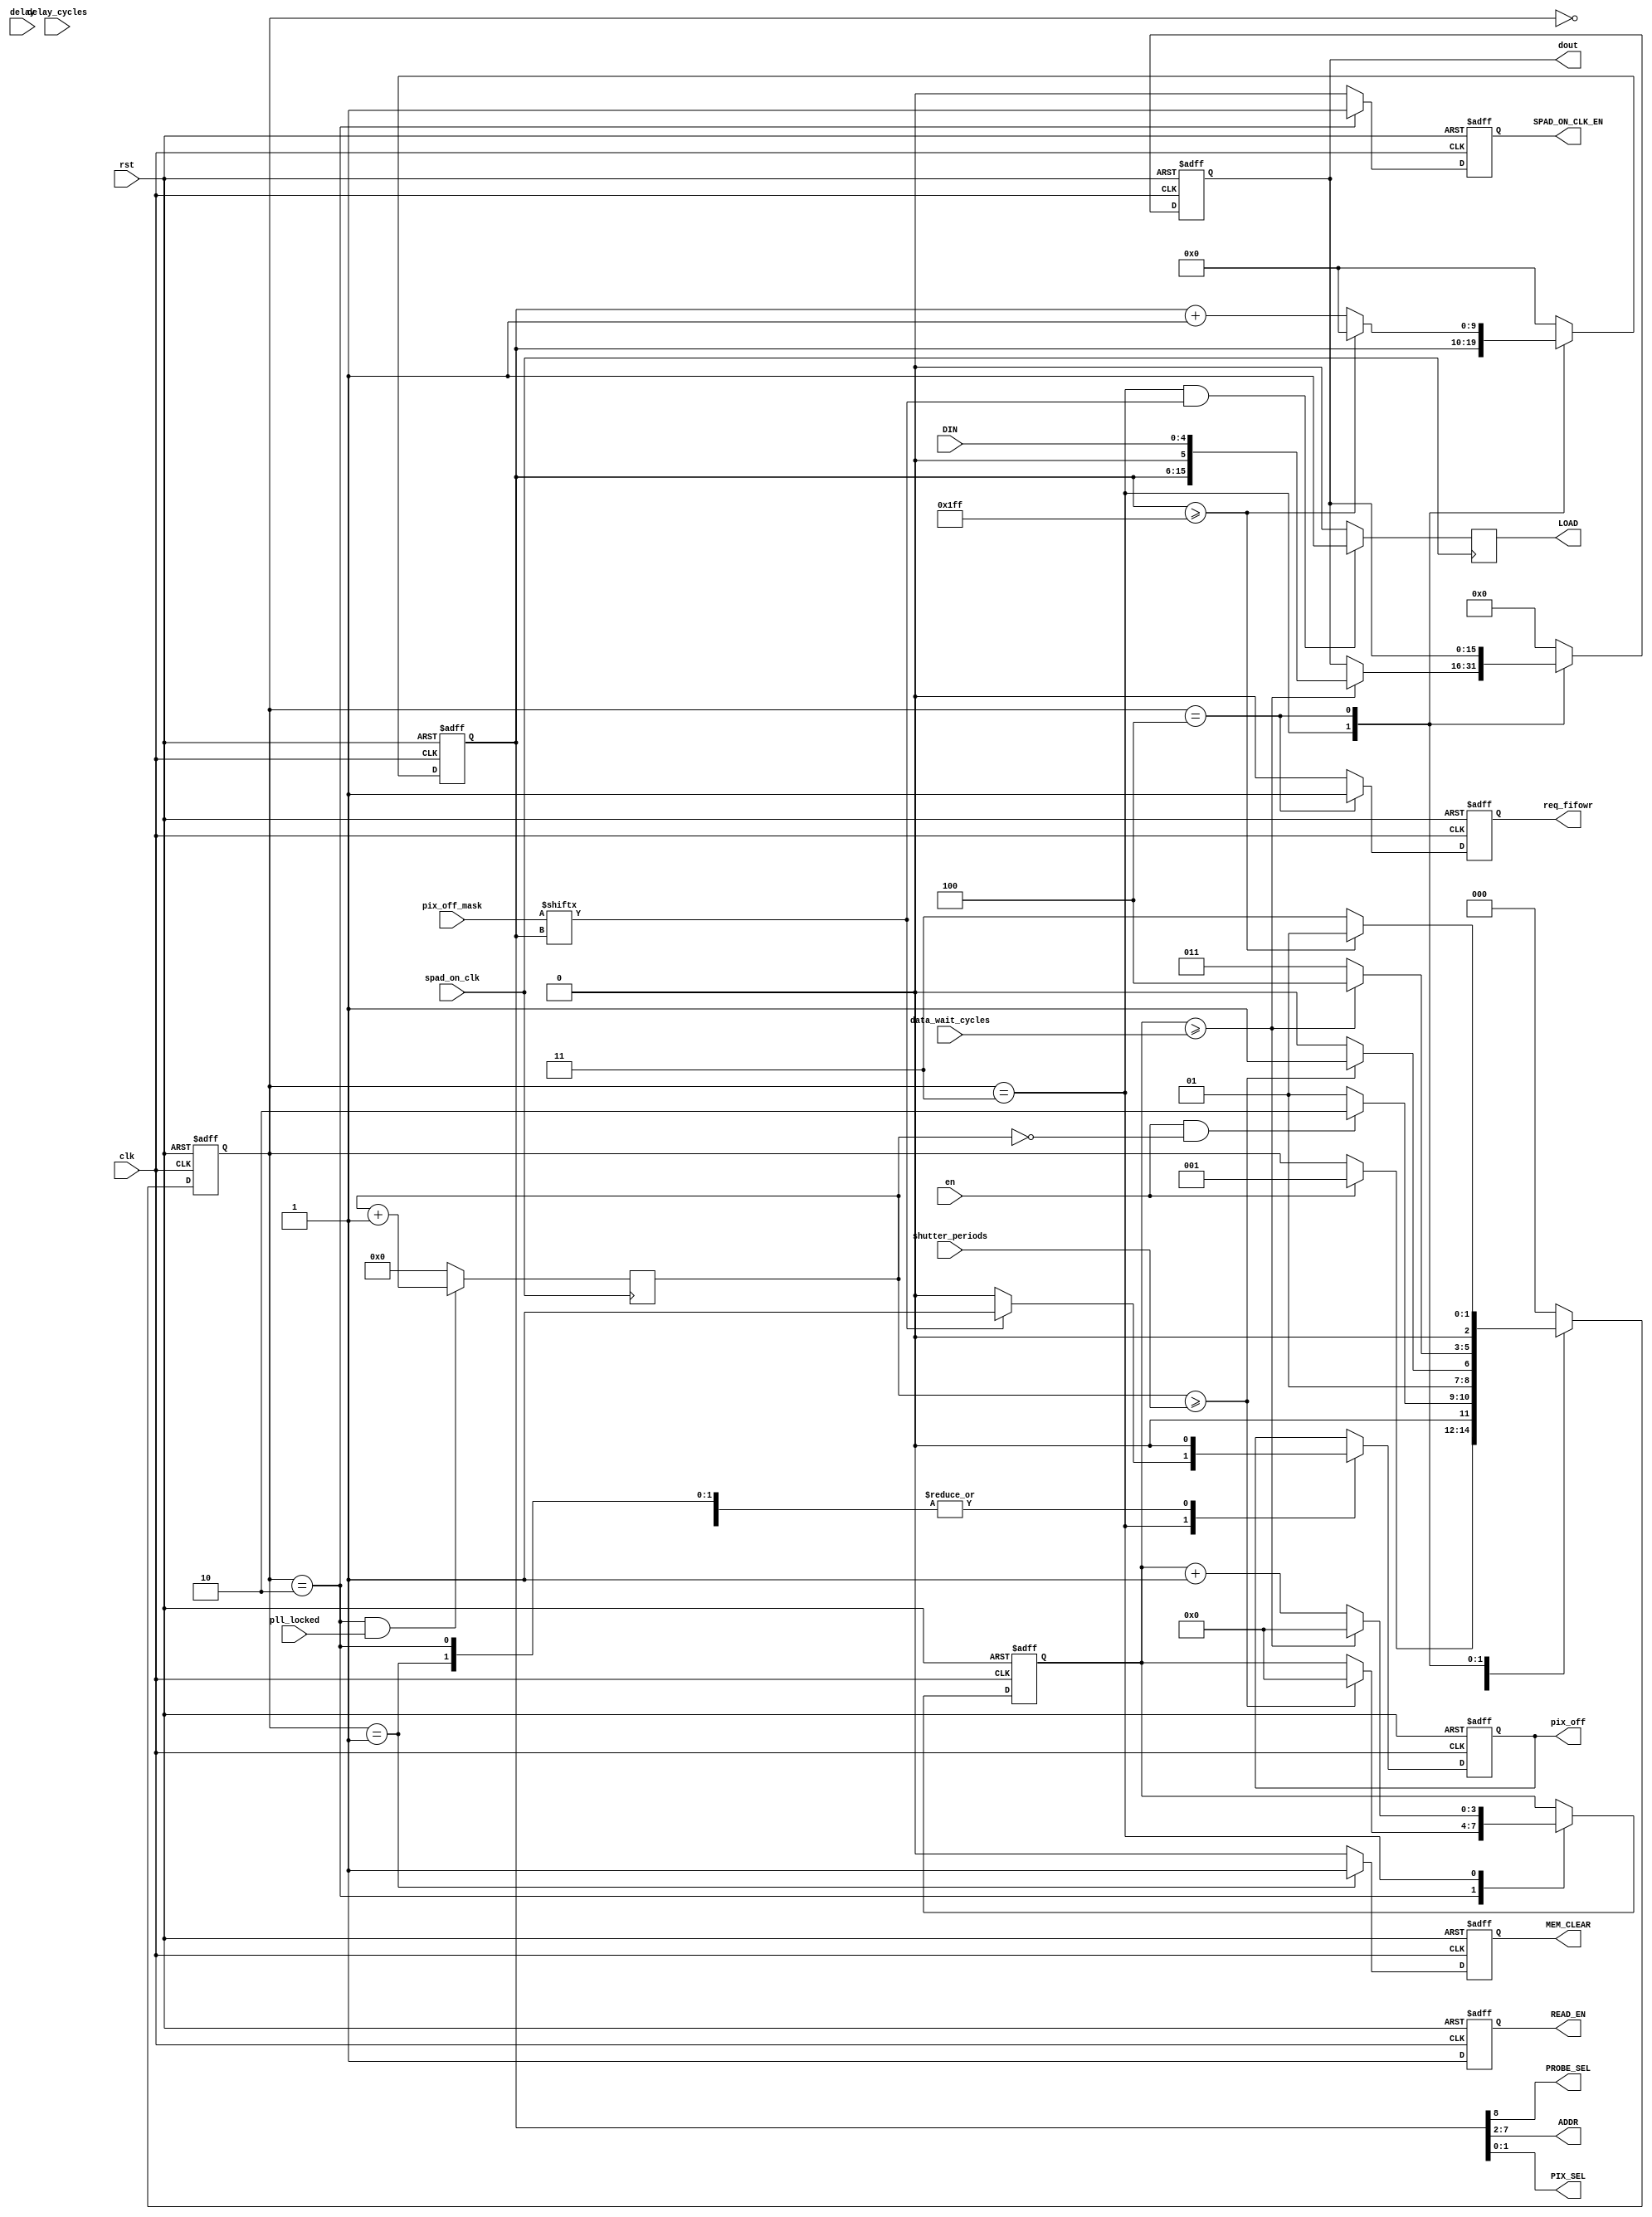
`timescale 1ns / 1ps
//////////////////////////////////////////////////////////////////////////////////
// Company: Columbia U
// 
// Design Name: 
// Module Name:    FSM_v1 
// Project Name: 
// Target Devices: 
// Tool versions: 
// Description: 
//
// Dependencies: 
//
// Revision:
//		v1 - [adriaan] Empty box with correct in and outputs
//		v2 - [jaebin] State machine created
//		v3 - [adriaan] verified and synthesized. Moved the counter to toplevel.
//		v4 - [adriaan] added the hot pixel masking, and the LOAD signal
//		v5 - [adriaan] made the data_wait counter programmable
// Additional Comments: 
//
//////////////////////////////////////////////////////////////////////////////////

module FSM_v5(
	//to IC
	pix_off, 			//1b
	PROBE_SEL, 			//1b
	ADDR, 				//6b
	PIX_SEL, 			//2b
	MEM_CLEAR,			//global IC reset
	READ_EN,				//request to IC to update data
	SPAD_ON_CLK_EN,	//enable the laser synchronous delayed photon gathering time
	DIN,					//data from IC
	LOAD,			//enable for the pix_off
	
	//from FPGA
	data_wait_cycles,	//wait cycles after adress update to settle chip memory to data output
	pix_off_mask,	//512 bit hot pixel mask
	spad_on_clk,	//20MHz from PLL
	pll_locked,		//locked signal, dont open spad_on unless its locked
	shutter_periods,	//number of laser_clk windows to gather photons
	delay,			//--not implemented--
	delay_cycles,	//--not implemented--
	en,				//fsm enable
	clk,				//80 MHz clock, resolves to Tclk/2 pixel readout speed
	rst,				//reset
	dout,				//16bit output to fifo, [9 address bits][00][5-bit data] 
	req_fifowr		//fifo write enable
);

//output
output wire PROBE_SEL;
output wire [5:0] ADDR;
output wire [1:0] PIX_SEL;

output reg [15:0] dout;
output reg req_fifowr;
output reg READ_EN;
output reg MEM_CLEAR;
output reg pix_off;
output reg SPAD_ON_CLK_EN; 
output reg LOAD;

//input
input wire [3:0] data_wait_cycles;
input wire [511:0] pix_off_mask;
input wire [4:0] DIN;
input wire en;
input wire clk;
input wire rst;
input wire delay;
input wire [31:0] shutter_periods;
input wire [31:0] delay_cycles;
input wire spad_on_clk;
input wire pll_locked;

//states
parameter IDLE = 3'b000;
parameter CLEAR = 3'b001;
parameter RECORD = 3'b010;
parameter READ_PIX = 3'b011;
parameter NEXT_PIX_AND_FIFO = 3'b100;

//internals
reg [31:0] shutter_periods_cnt;
reg [9:0] readfromADDR;
reg [15:0] dout_flipped;

//state internal
reg [2:0] state;
reg [3:0] dataWaitCounter;

//concurrent logic
assign PROBE_SEL = readfromADDR[8];
assign ADDR = readfromADDR[7:2];
assign PIX_SEL = readfromADDR[1:0];

//sequential logic
always @(posedge clk or posedge rst) begin
	if(rst) begin
		//outputs
		dout <= 16'b0;
		req_fifowr	<= 1'b0;
		READ_EN		<= 1'b0;
		pix_off		<= 1'b0;
		SPAD_ON_CLK_EN <= 1'b0;
		MEM_CLEAR 	<= 1'b0;
		//internals
		readfromADDR <= 10'b0;
		//state
		state <= IDLE;
		dataWaitCounter <= 4'b0;
	end
	
	else begin
	
		case(state)
			IDLE: begin
				dout <= 16'b0;
				req_fifowr <= 1'b0;
				pix_off		<= 1'b0;
				READ_EN <= 1'b1;
				SPAD_ON_CLK_EN <= 1'b0;
				MEM_CLEAR <= 1'b0;
				//internals
				readfromADDR	<= 10'b0;
				//state
				if(en) begin
					state <= CLEAR;
				end
			end
		
			CLEAR: begin //clear mem, marks begin of FRAME
				pix_off		<= 1'b0;
				dout <= 16'b0;
				req_fifowr <= 1'b0;
				READ_EN <= 1'b1; //edit just now
				SPAD_ON_CLK_EN <= 1'b0;
				MEM_CLEAR <= 1'b1;			//assert mem_clear to chip
				//internals
				readfromADDR	<= 10'b0;
					
				//state
				if(en && (shutter_periods_cnt == 0)) begin	
					state <= RECORD;		//start or continue the loop
				end else begin
					state <= CLEAR; 		//stay in clear
				end
			end
			
			RECORD: begin //record for designated shutter_periods_cnt and move on. otherwise stay in state.
				pix_off		<= 1'b0;
				dout <= 16'b0;
				req_fifowr <= 1'b0;
				READ_EN <= 1'b1;
				SPAD_ON_CLK_EN <= 1'b1; 	//enable the SPAD_ON from PLL to the GPIO
				MEM_CLEAR <= 1'b0;			//deassert mem_clear
				//internals				
				readfromADDR <= 10'b0;
				
				if((shutter_periods_cnt >= shutter_periods)) begin //when # of windows is reached
					state <= READ_PIX;
					dataWaitCounter <= 4'b0;
				end else begin
					state <= RECORD;
				end
			end
			
					
			
			//make a header marking the beginning of the frame and send it to the FIFO
//			dout <= 16'b1100110011001100; 
//			req_fifowr <= 1'b1; //send the header to the fifo
						

			//dout, readfromADDR, are latched so they are not defined in both states
			//16bit output with MSB addresses and LSB values will be read, it has 12.5ns to settle
			//If it requires more than 12.5ns of settling time, we will create a third state
			READ_PIX: begin //send request for data to IC. This is technically a 3-state process (request, sample, send&next)  combined into 2 states
				//outputs
				SPAD_ON_CLK_EN <= 1'b0;
				MEM_CLEAR <= 1'b0;
				req_fifowr <= 1'b0; 							//data should not be send to fifo
				READ_EN <= 1'b1;								//send read request to the IC
				
				
				//internals
				//readfromADDR <= is latched from the previous state
				
				//set pix_off
				if (pix_off_mask[readfromADDR] == 1'b1) begin
					pix_off <= 1'b1;
				end else begin
					pix_off <= 1'b0;
				end
				
				//state
				if (dataWaitCounter >= data_wait_cycles) begin
					dout <= {readfromADDR, 1'b0 , DIN}; //fix0905
					state <= NEXT_PIX_AND_FIFO;
					dataWaitCounter <= 4'b0;
				end else begin
					dataWaitCounter <= dataWaitCounter + 1'b1;
					state <= READ_PIX;
				end
			end
			
			NEXT_PIX_AND_FIFO: begin //send data to FIFO, loop to new address
				//outputs
				pix_off		<= 1'b0;
				SPAD_ON_CLK_EN <= 1'b0;
				MEM_CLEAR <= 1'b0;
				READ_EN <= 1'b1;
				//dout <= is latched from the previous state
				req_fifowr <= 1'b1; 	//send it bro!!
				
				//internals

				//state
				if(readfromADDR >= 10'd511) begin //when the final address is surpassed. The READ_PIX state needs still be reached for pixel 511
					state <= CLEAR;
					readfromADDR <= 10'b0;
				end else begin
					state <= READ_PIX;
					readfromADDR <= readfromADDR + 1'b1; //send new address to the IC to settle for new data request
				end
			end
						
						
			default: begin //same behaviour as reset clause
				//outputs
				dout <= 16'b0;
				req_fifowr	<= 1'b0;
				READ_EN		<= 1'b1;
				SPAD_ON_CLK_EN <= 1'b0;
				MEM_CLEAR 	<= 1'b0;
				//internals
				readfromADDR <= 10'b0;
				//state
				state <= IDLE;
			end
			
		endcase
	end
end

//counter for the number of windows that have been
always @(negedge spad_on_clk) begin
	if ((state == RECORD) && (pll_locked == 1'b1)) begin
		shutter_periods_cnt <= shutter_periods_cnt + 1;
	end else begin
		shutter_periods_cnt <= 32'b0;
	end
	
	if ((state == READ_PIX) && (pix_off_mask[readfromADDR] == 1'b1)) begin
		LOAD <= 1'b1;
	end else begin
		LOAD <= 1'b0;
	end
end

endmodule